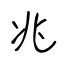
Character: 兆